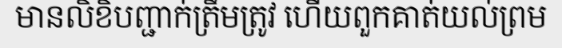
មានលិខិបញ្ជាក់ត្រឹមត្រូវ ហើយពួកគាត់យល់ព្រម